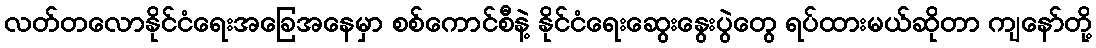
လတ်တလောနိုင်ငံရေးအခြေအနေမှာ စစ်ကောင်စီနဲ့ နိုင်ငံရေးဆွေးနွေးပွဲတွေ ရပ်ထားမယ်ဆိုတာ ကျနော်တို့